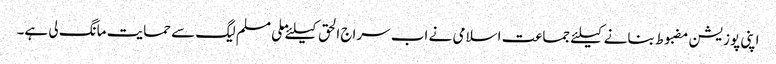
اپنی پوزیشن مضبوط بنانے کیلئے جماعت اسلامی نے اب سراج الحق کیلئے ملی مسلم لیگ سے حمایت مانگ لی ہے۔